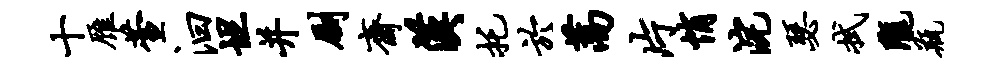
十雁萱汩坦并劂斋汉托於蒿片悄浣瑟拭陇瓶